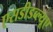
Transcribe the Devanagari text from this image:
एसडीडब्ल्यूए